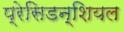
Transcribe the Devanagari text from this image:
प्रेसिडन्शियल